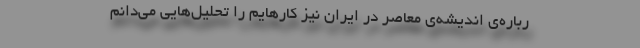
رباره‌ی اندیشه‌ی معاصر در ایران نیز کارهایم را تحلیل‌هایی می‌دانم